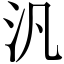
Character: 汎